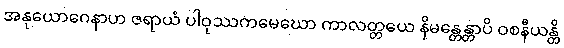
အနုယောဂေနာဟ ဇရာယံ ပါဝုဿကမေဃော ကာလတ္တယေ နိမန္တေန္တာပိ ဝစနီယန္တိ